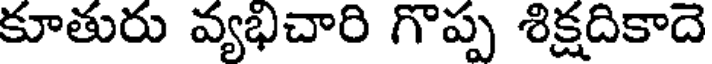
కూతురు వ్యభిచారి గొప్ప శిక్షదికాదె